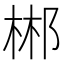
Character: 郴